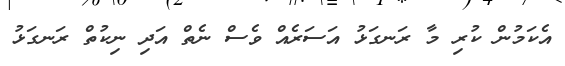
އެކަމުން ކުރި މާ ރަނގަޅު އަސަރެއް ވެސް ނެތް އަދި ނިކުތް ރަނގަޅު